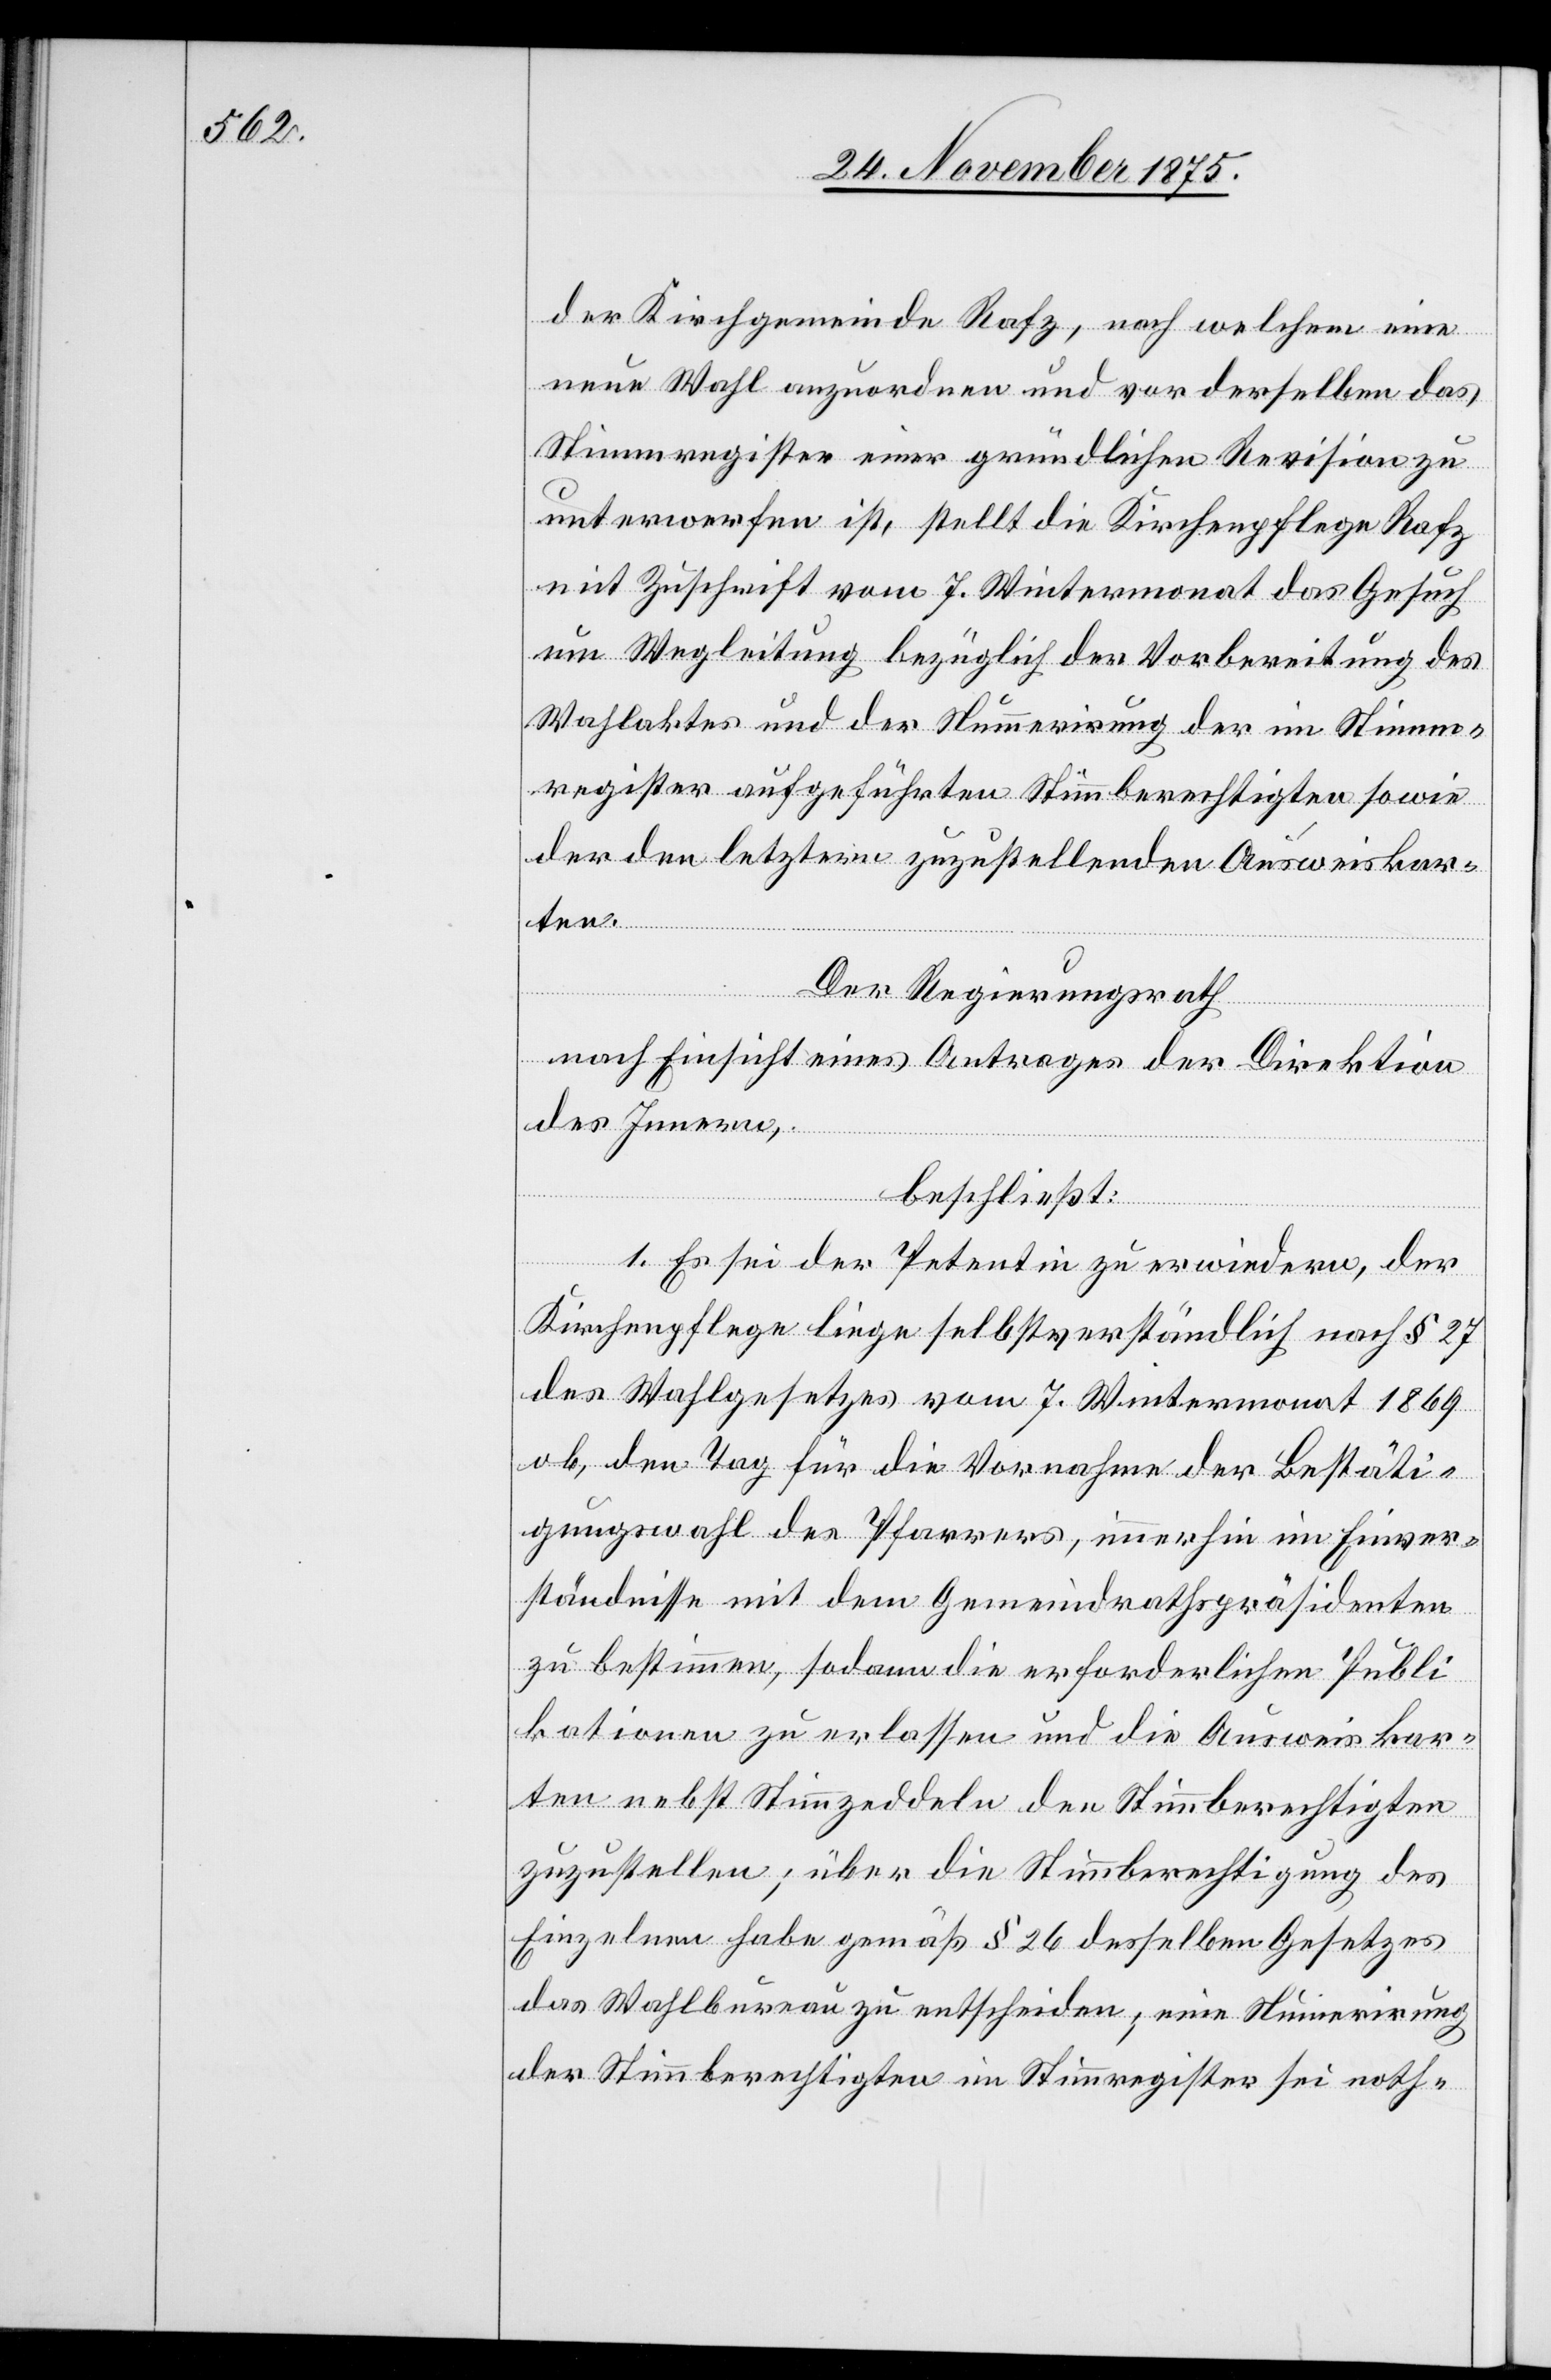
der Kirchgemeinde Rafz, nach welchem eine
neue Wahl anzuordnen und vor derselben das
Stimmregister einer gründlichen Revision zu
unterwerfen ist, stellt die Kirchenpflege Rafz
mit Zuschrift vom 7. Wintermonat das Gesuch
um Wegleitung bezüglich der Vorbereitung des
Wahlaktes und der Nummerirung der im Stimm¬
register aufgeführten Stimmberechtigten sowie
der den letztern zuzustellenden Ausweiskar¬
ten.
Der Regierungsrath
nach Einsicht eines Antrages der Direktion
des Innern,
beschließt:
1. Es sei der Petentin zu erwiedern, der
Kirchenpflege liege selbstverständlich nach § 27
des Wahlgesetzes vom 7. Wintermonat 1869
ob, den Tag für die Vornahme der Bestäti¬
gungswahl des Pfarrers, immerhin im Einver¬
ständnisse mit dem Gemeindrathspräsidenten
zu bestimmen, sodann die erforderlichen Publi¬
kationen zu erlassen und die Ausweiskar¬
ten nebst Stimmzeddeln den Stimmberechtigten
zuzustellen; über die Stimmberechtigung des
Einzelnen habe gemäß § 26 desselben Gesetzes
das Wahlbureau zu entscheiden; eine Numerirung
der Stimmberechtigten im Stimmregister sei noth-